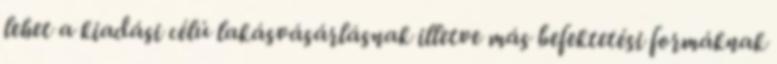
lehet a kiadási célú lakásvásárlásnak illetve más befektetési formáknak